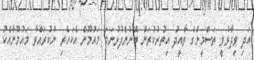
އަދި ވިދާޅުވީ ތަސްމީންގެ ތާއީދު އިތުރުކުރަން ބޭނުންފުޅުނަމަ މައުމޫން އެކަހެރި ނުކުރައްވާ މައުމޫނާއެކު